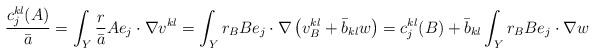
LaTeX: \begin{align*}\frac{c_j^{kl}(A)}{\bar{a}} = \int_Y \frac{r}{\bar{a}}A e_j\cdot \nabla v^{kl} = \int_Y r_B B e_j \cdot \nabla\left(v^{kl}_B+ \bar{b}_{kl} w \right) = c_j^{kl}(B)+\bar{b}_{kl} \int_Y r_B B e_j\cdot \nabla w \end{align*}